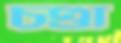
চণ্ডা